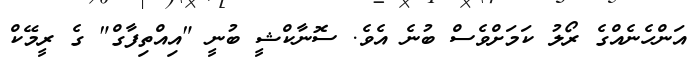
އަންހެނެއްގެ ރޯލު ކަމަށްވެސް ބުނެ އެވެ. ސޮނާކްޝީ ބުނީ "އިއްތިފާގް" ގެ ރީމޭކް